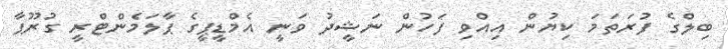
ބިލްގެ ފުރަތަމަ ކިޔުން އިއްވި ފަހުން ނަޝީދު ވަނީ އެމްޑީޕީގެ ޕާލަމެންޓްރީ ގުރޫޕާ